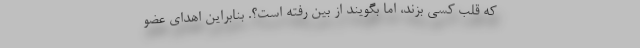
که قلب کسی بزند، اما بگویند از بین رفته است؟. بنابراین اهدای عضو